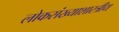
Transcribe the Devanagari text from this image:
लोकसंख्याशास्त्रीय